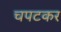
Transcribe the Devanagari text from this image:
चपटकर